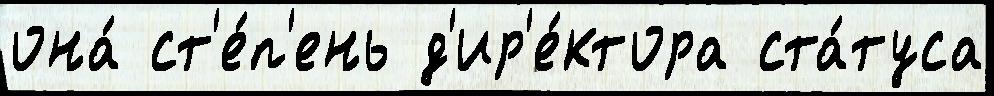
она́ ст'е́п'ень д'ир'е́ктора ста́туса